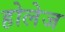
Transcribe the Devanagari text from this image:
होलेज